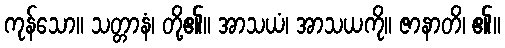
ကုန်သော။ သတ္တာနံ၊ တို့၏။ အာသယံ၊ အာသယကို။ ဇာနာတိ၊ ၏။